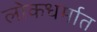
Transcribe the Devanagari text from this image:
लोकधर्मात